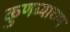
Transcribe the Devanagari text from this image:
कुणब्याच्या